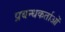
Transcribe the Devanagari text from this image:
प्रबन्धकर्ताओं